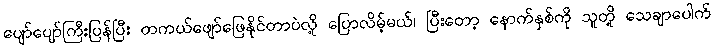
ပျော်ပျော်ကြီးပြန်ပြီး တကယ်ဖျော်ဖြေနိုင်တာပဲလို့ ပြောလိမ့်မယ်၊ ပြီးတော့ နောက်နှစ်ကို သူတို့ သေချာပေါက်